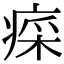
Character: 𤷕